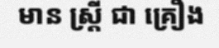
មាន ស្ត្រី ជា គ្រឿង